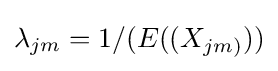
\lambda _{jm}=1/(E((X_{jm)}))